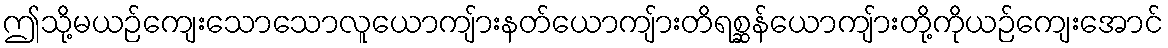
ဤသို့မယဉ်ကျေးသောသောလူယောကျ်ားနတ်ယောကျ်ားတိရစ္ဆန်ယောကျ်ားတို့ကိုယဉ်ကျေးအောင်